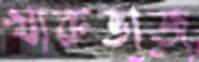
খারুভাজ